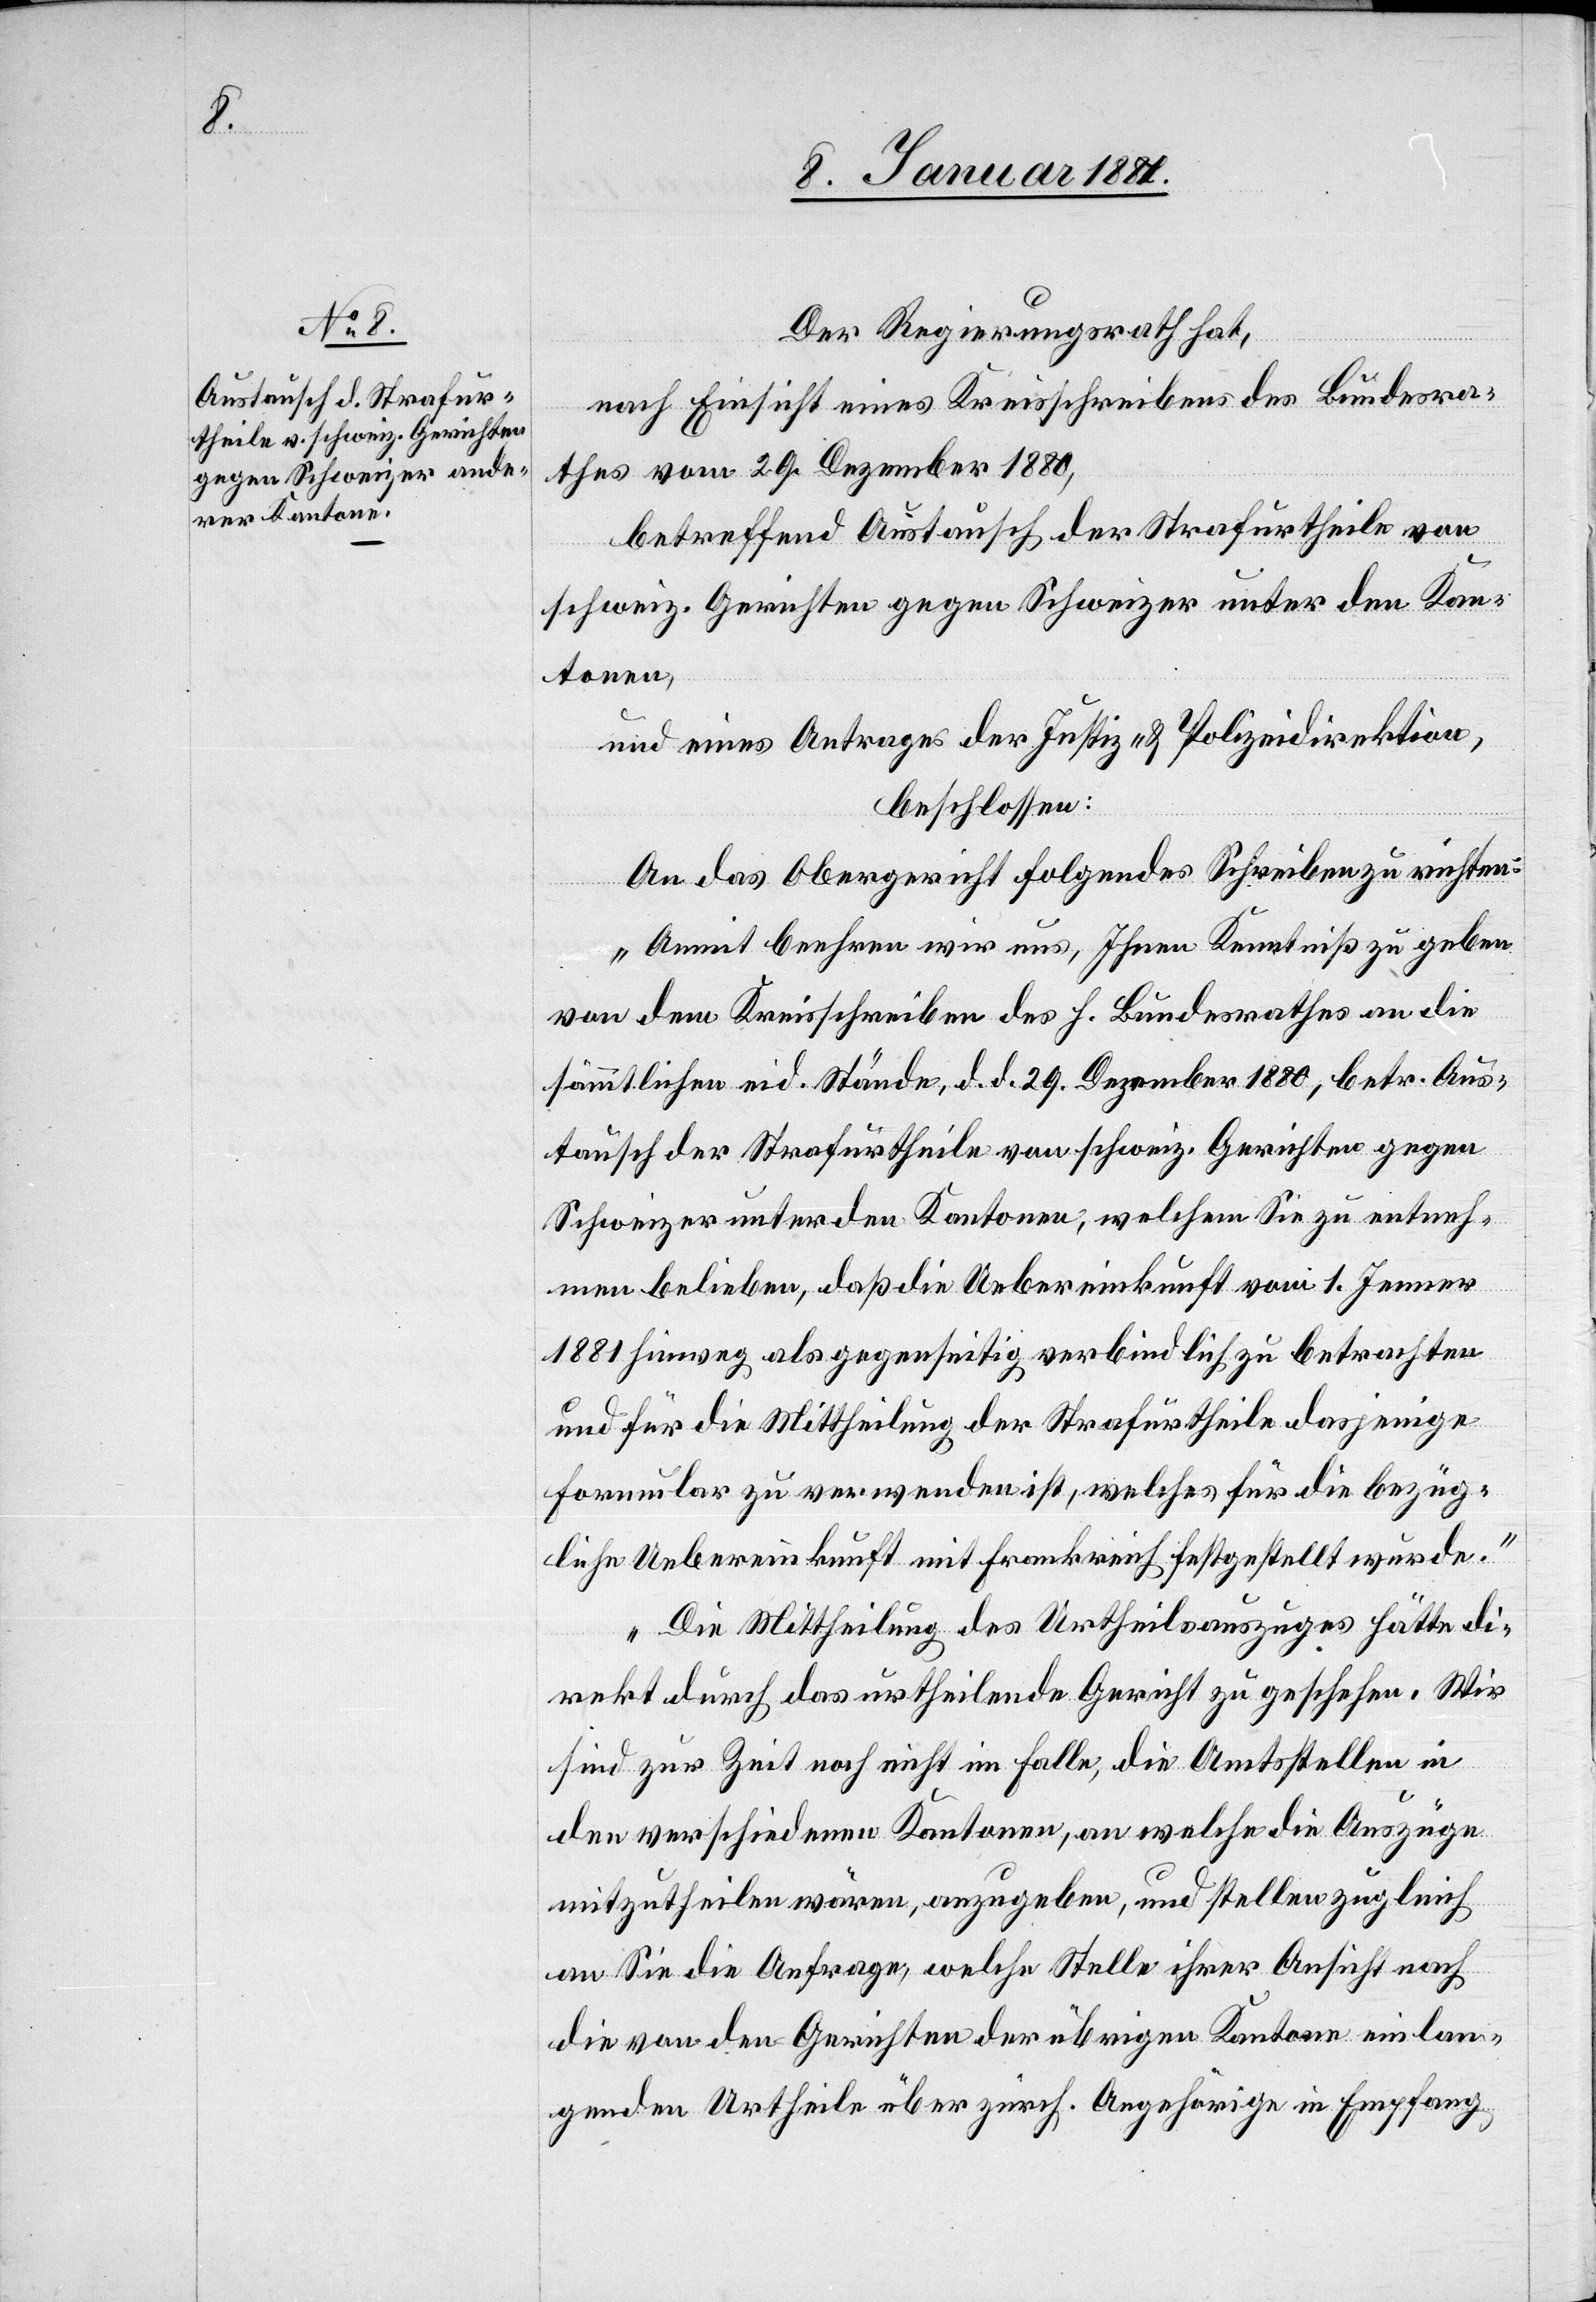
Der Regierungsrath hat,
nach Einsicht eines Kreisschreibens des Bundesra¬
thes vom 29. Dezember 1880,
betreffend Austausch der Strafurtheile von
schweiz. Gerichten gegen Schweizer unter den Kan¬
tonen,
und eines Antrages der Justiz- & Polizeidirektion,
beschlossen:
An das Obergericht folgendes Schreiben zu richten:
„Anmit beehren wir uns, Ihnen Kenntniß zu geben
von dem Kreisschreiben des h. Bundesrathes an die
sämmtlichen eid. Stände, d. d. 29. Dezember 1880, betr. Aus¬
tausch der Strafurtheile von schweiz. Gerichten gegen
Schweizer unter den Kantonen, welchem Sie zu entneh¬
men belieben, daß die Uebereinkunft vom 1. Jenner
1881 hinweg als gegenseitig verbindlich zu betrachten
und für die Mittheilung der Strafurtheile dasjenige
Formular zu verwenden ist, welches für die bezüg¬
liche Uebereinkunft mit Frankreich festgestellt wurde.“
„Die Mittheilung des Urtheilsauszuges hätte di¬
rekt durch das urtheilende Gericht zu geschehen. Wir
sind zur Zeit noch nicht im Falle, die Amtsstellen in
den verschiedenen Kantonen, an welche die Auszüge
mitzutheilen wären, anzugeben, und stellen zugleich
an Sie die Anfrage, welche Stelle ihrer Ansicht nach
die von den Gerichten der übrigen Kantone einlan¬
genden Urtheile über zürch. Angehörige in Empfang